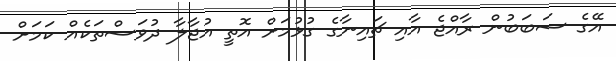
އޭގެ ސަބަބުން ރާއްޖެ އާއި ޗައިނާގެ ގުޅުމަށް އޮތީ އުޖާލާ ދުވަސްތަކެއް ކަމަށް